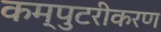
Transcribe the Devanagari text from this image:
कम्पुटरीकरण